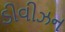
ડીવીઝન